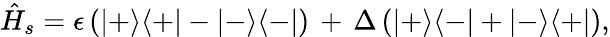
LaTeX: \hat{H}_{s}=\epsilon\left(|+\rangle\langle+|-|-\rangle\langle-|\right)\, +\, \Delta\left(|+\rangle\langle-|+|-\rangle\langle+|\right),